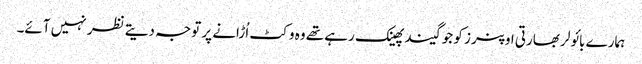
ہمارے بائولر بھارتی اوپنرز کو جو گیند پھینک رہے تھے وہ وکٹ اُڑانے پر توجہ دیتے نظر نہیں آئے۔